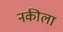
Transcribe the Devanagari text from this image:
नकीला